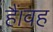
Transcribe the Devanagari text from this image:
हैं।वह